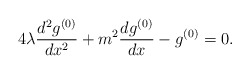
\begin{align*}4\lambda\frac{d^2g^{(0)}}{dx^2}+m^2\frac{dg^{(0)}}{dx}-g^{(0)}=0.\end{align*}